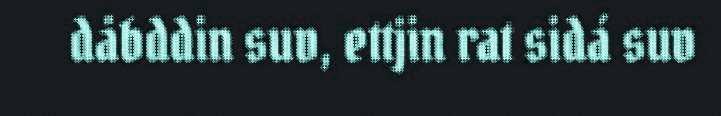
dåbddin suv, ettjin rat sidá suv